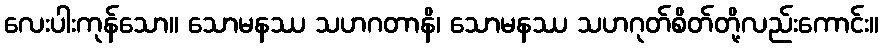
လေးပါးကုန်သော။ သောမနဿ သဟဂတာနိ၊ သောမနဿ သဟဂုတ်စိတ်တို့လည်းကောင်း။